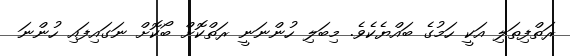
ރަތްފިތަލި އަކީ ހަމުގެ ބައްޔެކެވެ. މިބަލި ހުންނަނީ ރަތްކޮށް ބޯކޮށް ނަގައިފައި ހުންނަ